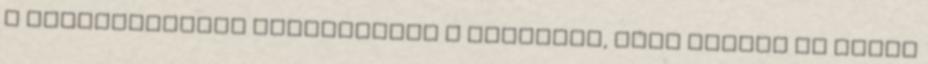
A pártszövetség felszólítja a kormányt, hogy álljon el ettől